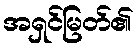
အရှင်မြတ်၏